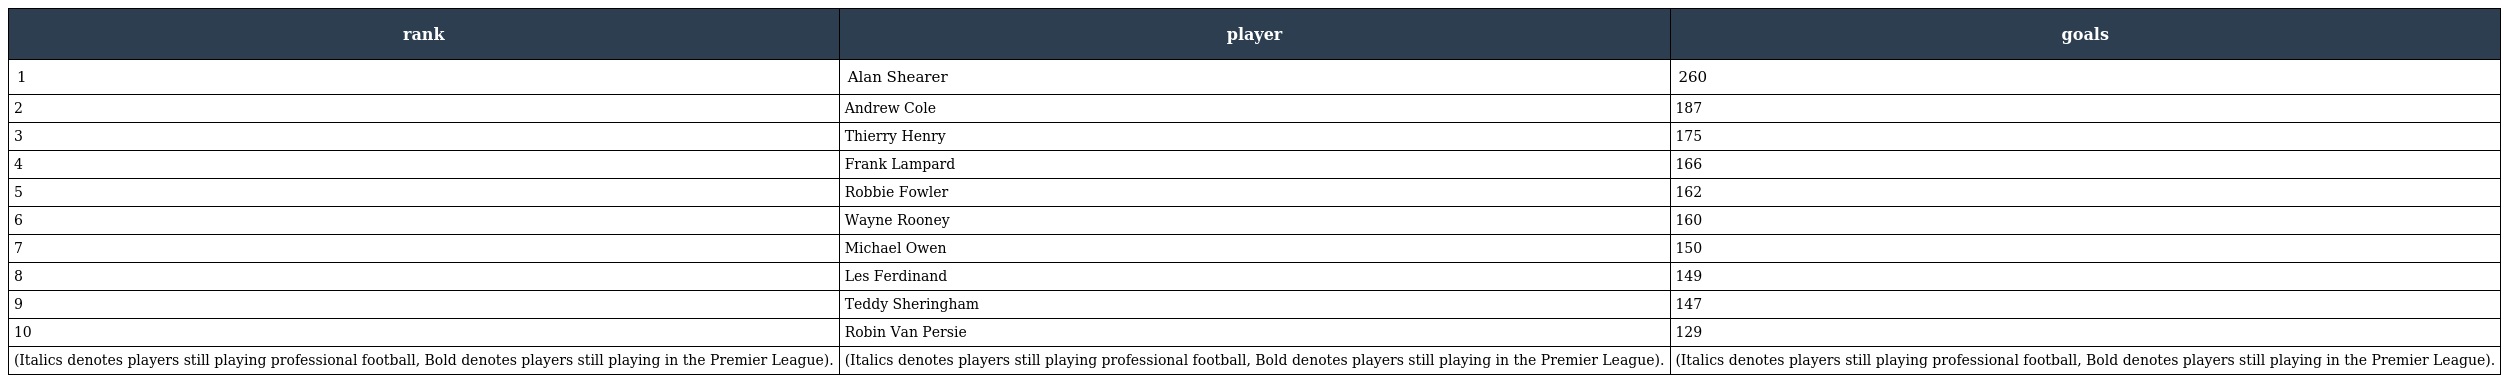
| rank | player | goals |
 | --- | --- | --- |
 | 1 | Alan Shearer | 260 |
 | 2 | Andrew Cole | 187 |
 | 3 | Thierry Henry | 175 |
 | 4 | Frank Lampard | 166 |
 | 5 | Robbie Fowler | 162 |
 | 6 | Wayne Rooney | 160 |
 | 7 | Michael Owen | 150 |
 | 8 | Les Ferdinand | 149 |
 | 9 | Teddy Sheringham | 147 |
 | 10 | Robin Van Persie | 129 |
 | (Italics denotes players still playing professional football, Bold denotes players still playing in the Premier League). | (Italics denotes players still playing professional football, Bold denotes players still playing in the Premier League). | (Italics denotes players still playing professional football, Bold denotes players still playing in the Premier League). |